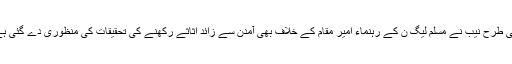
اسی طرح نیب نے مسلم لیگ ن کے رہنماء امیر مقام کے خلاف بھی آمدن سے زائد اثاثے رکھنے کی تحقیقات کی منظوری دے گئی ہے۔